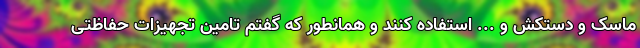
ماسک و دستکش و ... استفاده کنند و همانطور که گفتم تامین تجهیزات حفاظتی